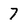
Character: 7